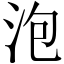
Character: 泡